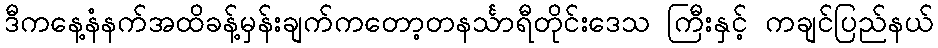
ဒီကနေ့နံနက်အထိခန့်မှန်းချက်ကတော့တနင်္သာရီတိုင်းဒေသ ကြီးနှင့် ကချင်ပြည်နယ်